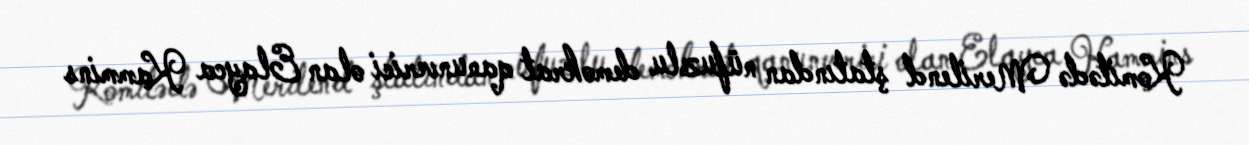
Komitədə Merilend ştatından nüfuzlu demokrat qanunverici olan Elayca Kammins